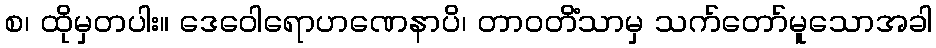
စ၊ ထိုမှတပါး။ ဒေဝေါရောဟဏေနာပိ၊ တာဝတိံသာမှ သက်တော်မူသောအခါ